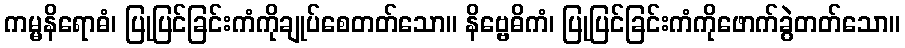
ကမ္မနိရောဓံ၊ ပြုပြင်ခြင်းကံကိုချုပ်စေတတ်သော။ နိဗ္ဗေဓိကံ၊ ပြုပြင်ခြင်းကံကိုဖောက်ခွဲတတ်သော။